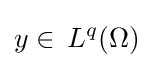
y\in \,L^{q}(\Omega )